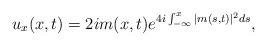
\begin{align*}u_x(x,t)= 2i m(x,t) e^{4i \int_{-\infty}^x |m(s,t)|^2 ds}, \end{align*}